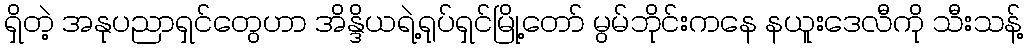
ရှိတဲ့ အနုပညာရှင်တွေဟာ အိန္ဒိယရဲ့ရုပ်ရှင်မြို့တော် မွမ်ဘိုင်းကနေ နယူးဒေလီကို သီးသန့်